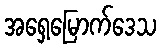
အရှေ့မြောက်ဒေသ